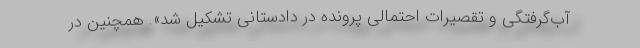
آب‌گرفتگی و تقصیرات احتمالی پرونده در دادستانی تشکیل شد». همچنین در